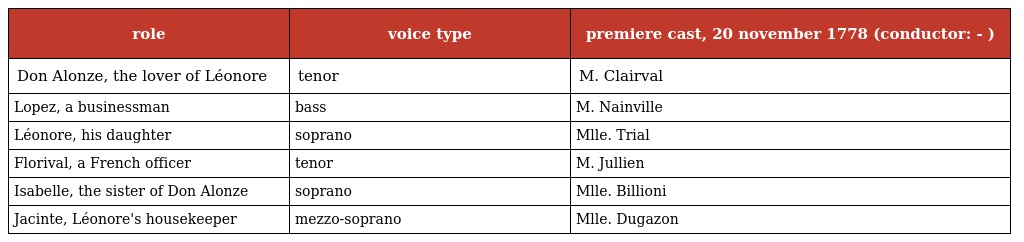
| role | voice type | premiere cast, 20 november 1778 (conductor: - ) |
 | --- | --- | --- |
 | Don Alonze, the lover of Léonore | tenor | M. Clairval |
 | Lopez, a businessman | bass | M. Nainville |
 | Léonore, his daughter | soprano | Mlle. Trial |
 | Florival, a French officer | tenor | M. Jullien |
 | Isabelle, the sister of Don Alonze | soprano | Mlle. Billioni |
 | Jacinte, Léonore's housekeeper | mezzo-soprano | Mlle. Dugazon |